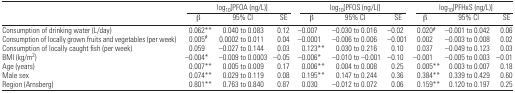
<table><thead><tr><td></td><td colspan="3"><b>log<sub>10</sub>[PFOA (ng/L)]</b></td><td colspan="3"><b>log<sub>10</sub>[PFOS (ng/L)]</b></td><td colspan="3"><b>log<sub>10</sub>[PFHxS (ng/L)]</b></td></tr><tr><td></td><td><b>β</b></td><td><b>95% CI</b></td><td><b>SE</b></td><td><b>β</b></td><td><b>95% CI</b></td><td><b>SE</b></td><td><b>β</b></td><td><b>95% CI</b></td><td><b>SE</b></td></tr></thead><tbody><tr><td>Consumption of drinking water (L/day)</td><td>0.062**</td><td>0.040 to 0.083</td><td>0.12</td><td>−0.007</td><td>−0.030 to 0.016</td><td>−0.02</td><td>0.020#</td><td>−0.001 to 0.042</td><td>0.06</td></tr><tr><td>Consumption of locally grown fruits and vegetables (per week)</td><td>0.005#</td><td>0.0002 to 0.011</td><td>0.04</td><td>−0.0001</td><td>−0.006 to 0.006</td><td>−0.001</td><td>0.002</td><td>−0.003 to 0.008</td><td>0.02</td></tr><tr><td>Consumption of locally caught fish (per week)</td><td>0.059</td><td>−0.027 to 0.144</td><td>0.03</td><td>0.123**</td><td>0.030 to 0.216</td><td>0.10</td><td>0.037</td><td>−0.049 to 0.123</td><td>0.03</td></tr><tr><td>BMI (kg/m<sup>2</sup>)</td><td>−0.004*</td><td>−0.009 to 0.0003</td><td>−0.05</td><td>−0.006*</td><td>−0.010 to −0.001</td><td>−0.10</td><td>−0.001</td><td>−0.005 to 0.003</td><td>−0.01</td></tr><tr><td>Age (years)</td><td>0.007**</td><td>0.005 to 0.009</td><td>0.17</td><td>0.006**</td><td>0.004 to 0.008</td><td>0.25</td><td>0.005**</td><td>0.003 to 0.007</td><td>0.18</td></tr><tr><td>Male sex</td><td>0.074**</td><td>0.029 to 0.119</td><td>0.08</td><td>0.195**</td><td>0.147 to 0.244</td><td>0.36</td><td>0.384**</td><td>0.339 to 0.429</td><td>0.60</td></tr><tr><td>Region (Arnsberg)</td><td>0.801**</td><td>0.763 to 0.840</td><td>0.87</td><td>0.030</td><td>−0.012 to 0.072</td><td>0.06</td><td>0.159**</td><td>0.120 to 0.197</td><td>0.25</td></tr></tbody></table>